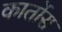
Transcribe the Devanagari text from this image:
कार्तोस